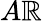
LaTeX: A\mathbb{R}